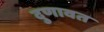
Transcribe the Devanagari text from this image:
दुणावत